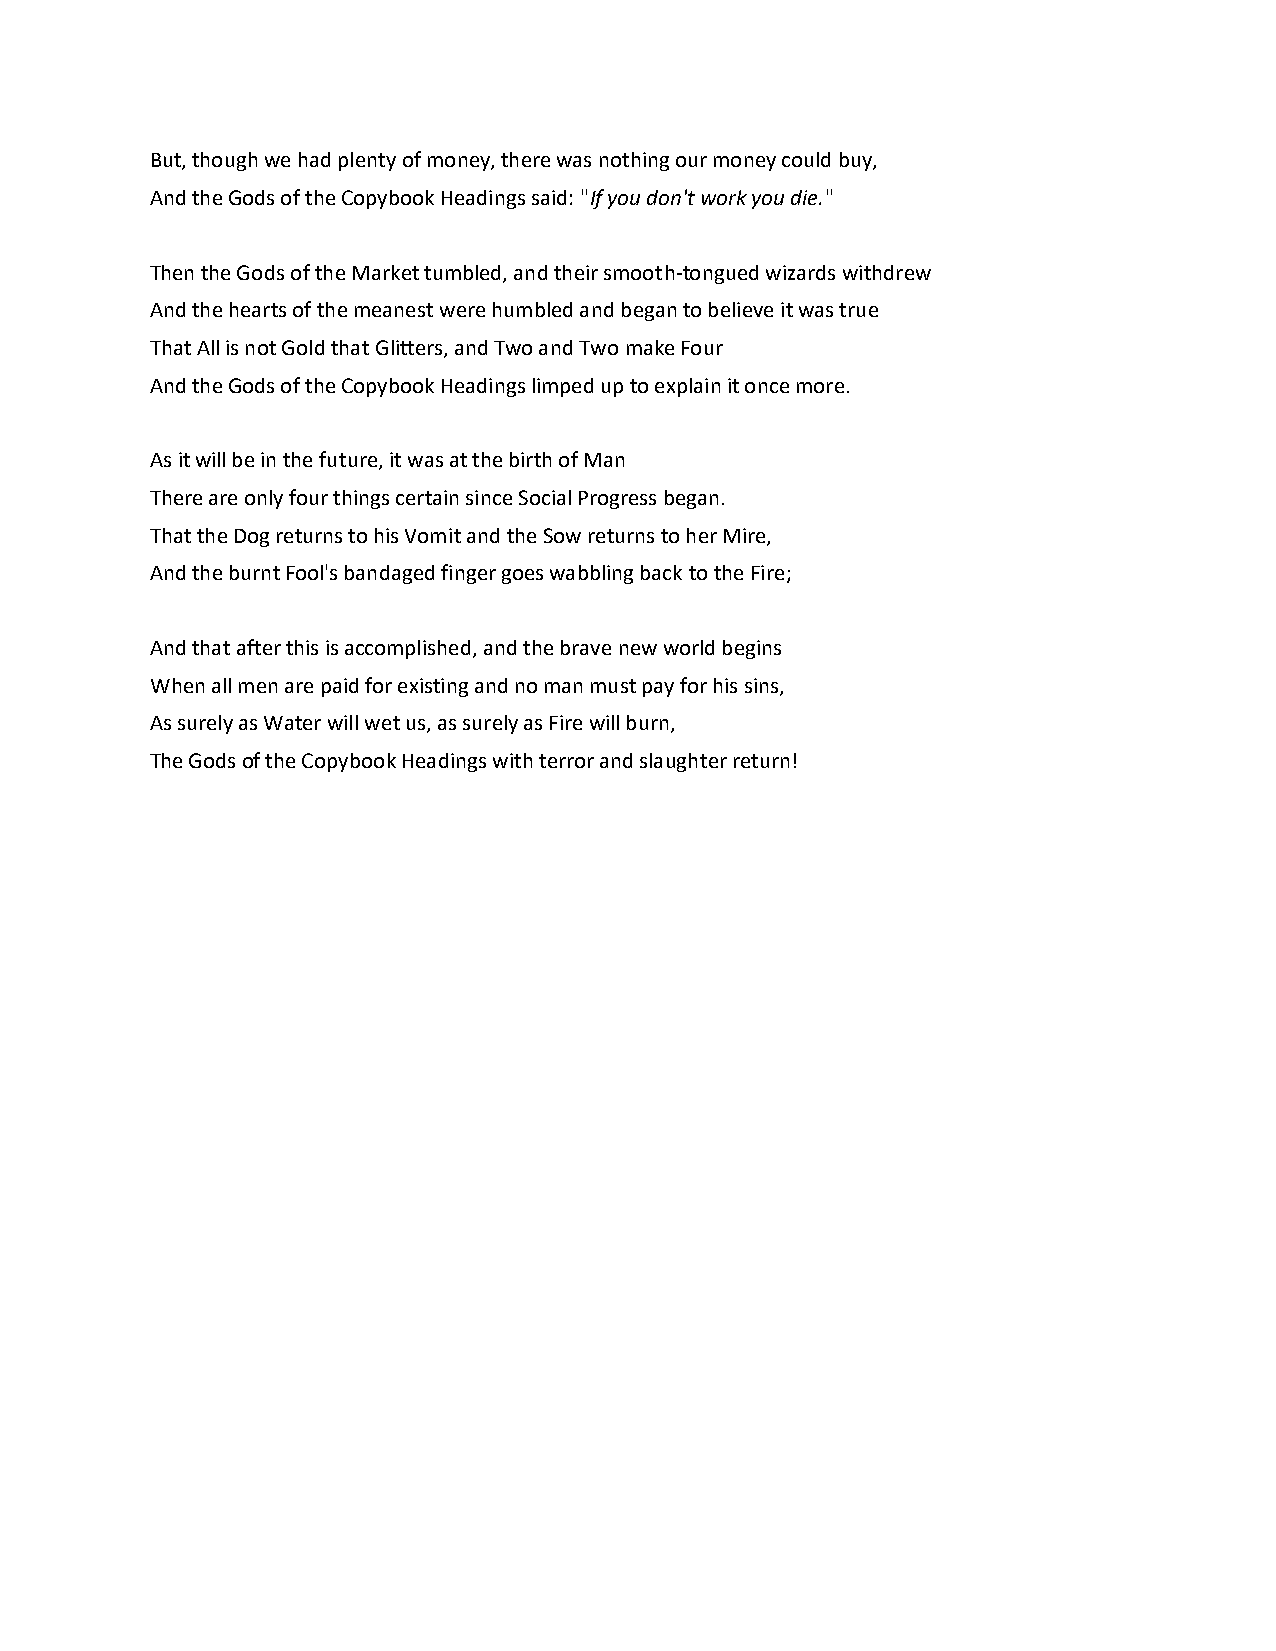
But, though we had plenty of money, there was nothing our money could buy,
 And the Gods of the Copybook Headings said: "If you don't work you die."
 Then the Gods of the Market tumbled, and their smooth-tongued wizards withdrew
 And the hearts of the meanest were humbled and began to believe it was true
 That All is not Gold that Glitters, and Two and Two make Four
 And the Gods of the Copybook Headings limped up to explain it once more.
 As it will be in the future, it was at the birth of Man
 There are only four things certain since Social Progress began.
 That the Dog returns to his Vomit and the Sow returns to her Mire,
 And the burnt Fool's bandaged finger goes wabbling back to the Fire;
 And that after this is accomplished, and the brave new world begins
 When all men are paid for existing and no man must pay for his sins,
 As surely as Water will wet us, as surely as Fire will burn,
 The Gods of the Copybook Headings with terror and slaughter return!